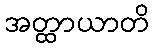
အတ္ထာယာတိ